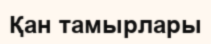
Қан тамырлары